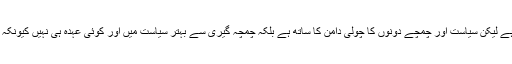
چمچوں کی اہمیت یوں تو ہر دور میں رہی ہے لیکن سیاست اور چمچے دونوں کا چولی دامن کا ساتھ ہے بلکہ چمچہ گیری سے بہتر سیاست میں اور کوئی عہدہ ہی نہیں کیونکہ باقی عہدے بھی اسی سے حاصل ہوتے ہیں۔